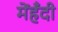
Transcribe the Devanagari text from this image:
मेंहँदी